Document type: Emphyteutic lease
Year: 1274
Scribe: Pere Marquès
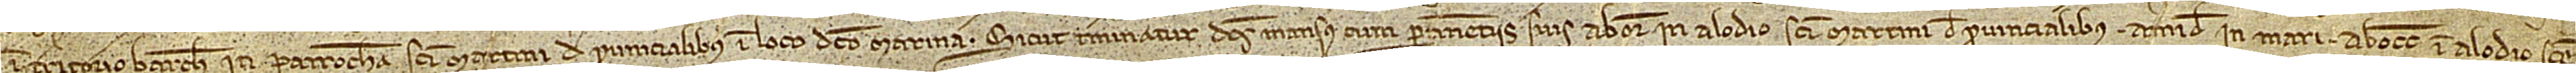
in territorio Barchinone, in parrochia Sancti Martini de Provincialibus, in loco dicto Marina. Sicut terminatur dictus mansus cum pertinenciis suis ab oriente in alodio Sancti Martini de Provincialibus; a meridie in mari; ab occiduo in alodio Sancte